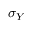
\sigma _ { Y }